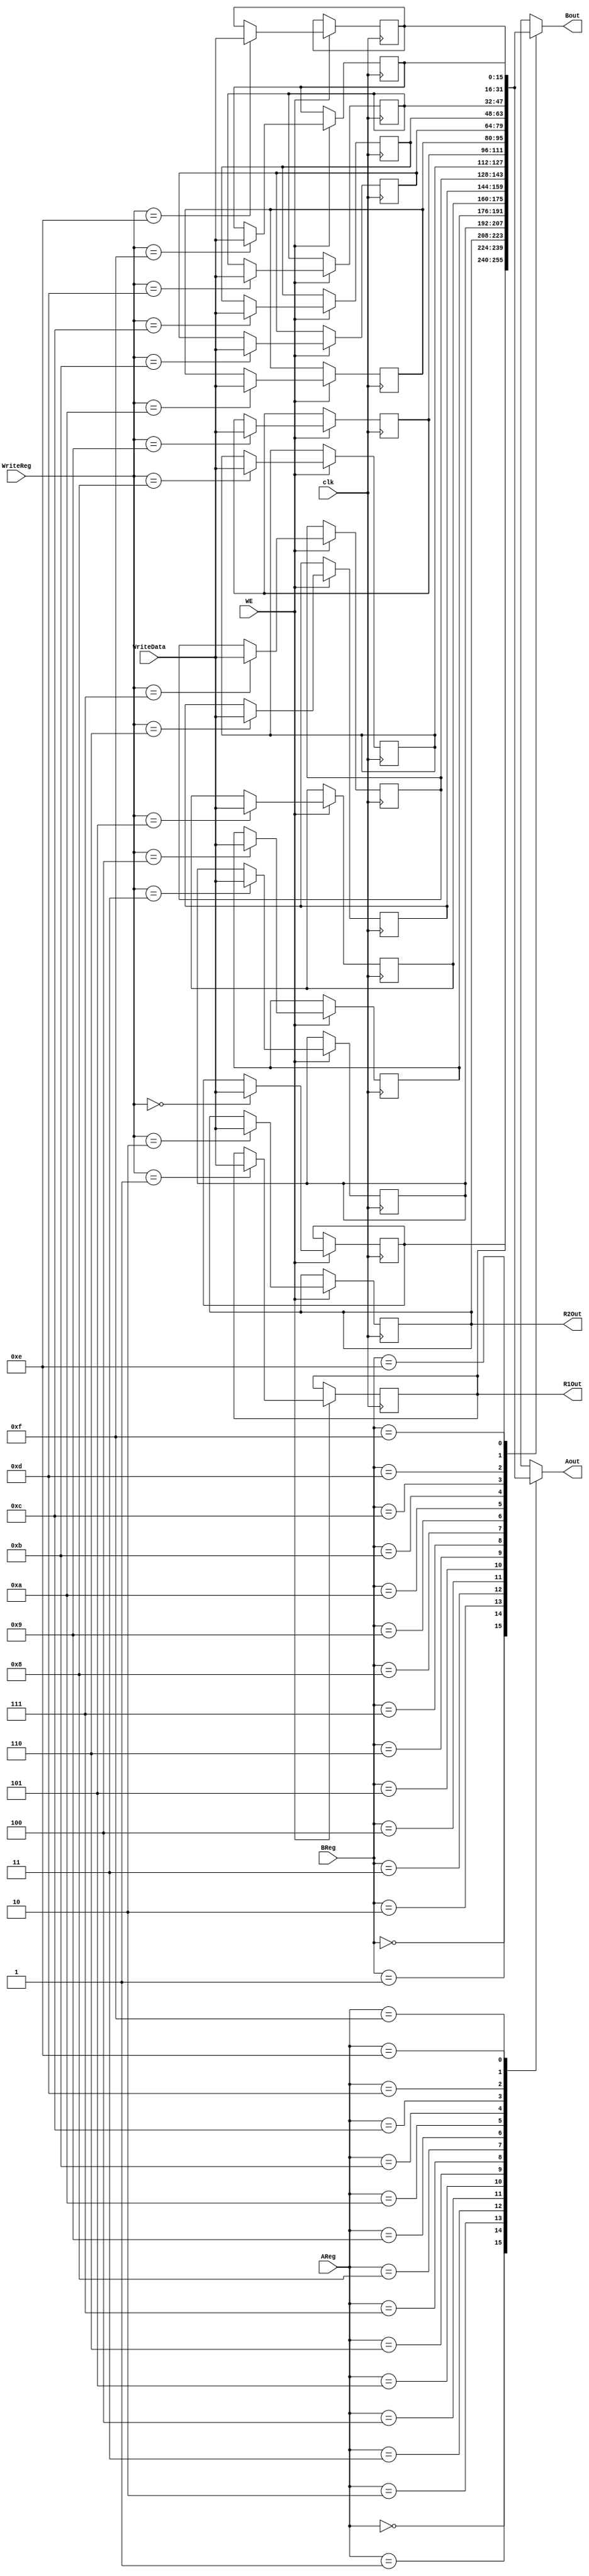
module RegisterFile(clk,AReg,BReg,WriteData,WriteReg,WE,Aout,Bout,R1Out,R2Out);
	 input clk;
	 input [3:0] AReg;
    input [3:0] BReg;
	 input [15:0] WriteData;
	 input [3:0] WriteReg;
    input WE;
    output reg[15:0] Aout;
    output reg[15:0] Bout;
	 // Debugging Outputs
	 output [15:0] R1Out,R2Out;
	 assign R1Out = R1;
	 assign R2Out = R2;
	 // Create Registers (16x16)
	 reg [15:0] R0,R1,R2,R3,R4,R5,R6,R7,R8,R9,R10,R11,R12,R13,R14,R15;
	 
	 //Initialize Registers
		initial R0 =16'd0;
		initial R1 =16'd0;
		initial R2 =16'd0;
		initial R3 =16'd0;
		initial R4 =16'd0;
		initial R5 =16'd0;
		initial R6 =16'd0;
		initial R7 =16'd0;
		initial R8 =16'd0;
		initial R9 =16'd0;
		initial R10 =16'd10;
		initial R11 =16'b0011_1111_1111_1111;
		initial R12 =16'd1000;
		initial R13 =16'b1111_1111_1111_1111;
		initial R14 =16'd0;
		initial R15 =16'd1;
	 
	 
	 
	// Combinatorially Outputting Data
	always @(*)
	begin
		case(AReg) // A output
			0: Aout = R0;
			1: Aout = R1;
			2: Aout = R2;
			3: Aout = R3;
			4: Aout = R4;
			5: Aout = R5;
			6: Aout = R6;
			7: Aout = R7;
			8: Aout = R8;
			9: Aout = R9;
			10: Aout = R10;
			11: Aout = R11;
			12: Aout = R12;
			13: Aout = R13;
			14: Aout = R14;
			15: Aout = R15;
		endcase
		case(BReg)
			0: Bout = R0;
			1: Bout = R1;
			2: Bout = R2;
			3: Bout = R3;
			4: Bout = R4;
			5: Bout = R5;
			6: Bout = R6;
			7: Bout = R7;
			8: Bout = R8;
			9: Bout = R9;
			10: Bout = R10;
			11: Bout = R11;
			12: Bout = R12;
			13: Bout = R13;
			14: Bout = R14;
			15: Bout = R15;
		endcase
	end

	// Writing to registers
	always @(posedge clk)
	begin
		if(WE)
		case(WriteReg)
			0:  R0 <= WriteData;
			1:  R1 <= WriteData;
			2:  R2 <= WriteData;
			3:  R3 <= WriteData;
			4:  R4 <= WriteData;
			5:  R5 <= WriteData;
			6:  R6 <= WriteData;
			7:  R7 <= WriteData;
			8:  R8 <= WriteData;
			9:  R9 <= WriteData;
			10: R10<= WriteData;
			11: R11<= WriteData;
			12: R12<= WriteData;
			13: R13<= WriteData;
			14: R14<= WriteData;
			15: R15<= WriteData;
		endcase
	end


endmodule